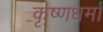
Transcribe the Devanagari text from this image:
कृ्ष्णधर्मा